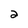
Character: 2